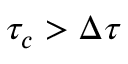
\tau _ { c } > \Delta \tau